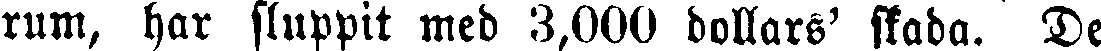
rum, har sluppit med 8,000 dollars' skada. De